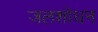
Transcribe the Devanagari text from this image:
जलशोधन